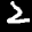
Label: 2